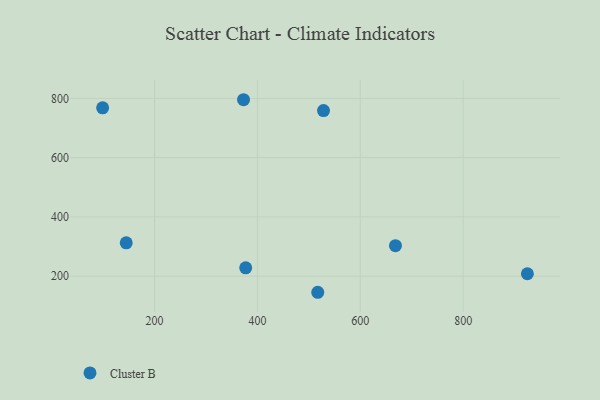
{"axis": {"x": "Speed", "y": "Fuel Efficiency"}, "legend": ["Cluster B"], "data": [{"x": "144.9", "y": 312.4, "type": "Cluster B"}, {"x": "517.3", "y": 145.7, "type": "Cluster B"}, {"x": "377.2", "y": 228.2, "type": "Cluster B"}, {"x": "373.0", "y": 795.4, "type": "Cluster B"}, {"x": "528.5", "y": 758.8, "type": "Cluster B"}, {"x": "668.4", "y": 303.0, "type": "Cluster B"}, {"x": "924.9", "y": 208.2, "type": "Cluster B"}, {"x": "99.0", "y": 768.1, "type": "Cluster B"}]}